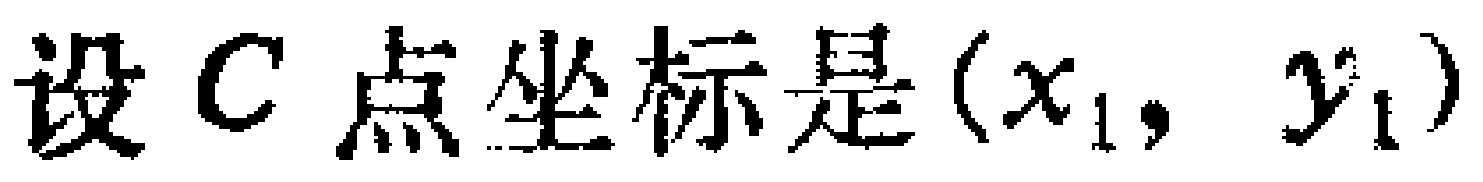
设 \(C\) 点坐标是 \((x_{1}, y_{1})\)